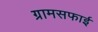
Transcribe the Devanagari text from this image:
ग्रामसफाई